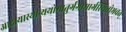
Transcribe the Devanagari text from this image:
आदायास्थीन्यथोमातुर्गंगामार्गस्थितोभवत्